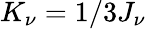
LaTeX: K_{\nu}=1/3J_{\nu}